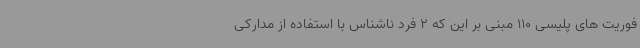
فوریت های پلیسی 110 مبنی بر این که 2 فرد ناشناس با استفاده از مدارکی